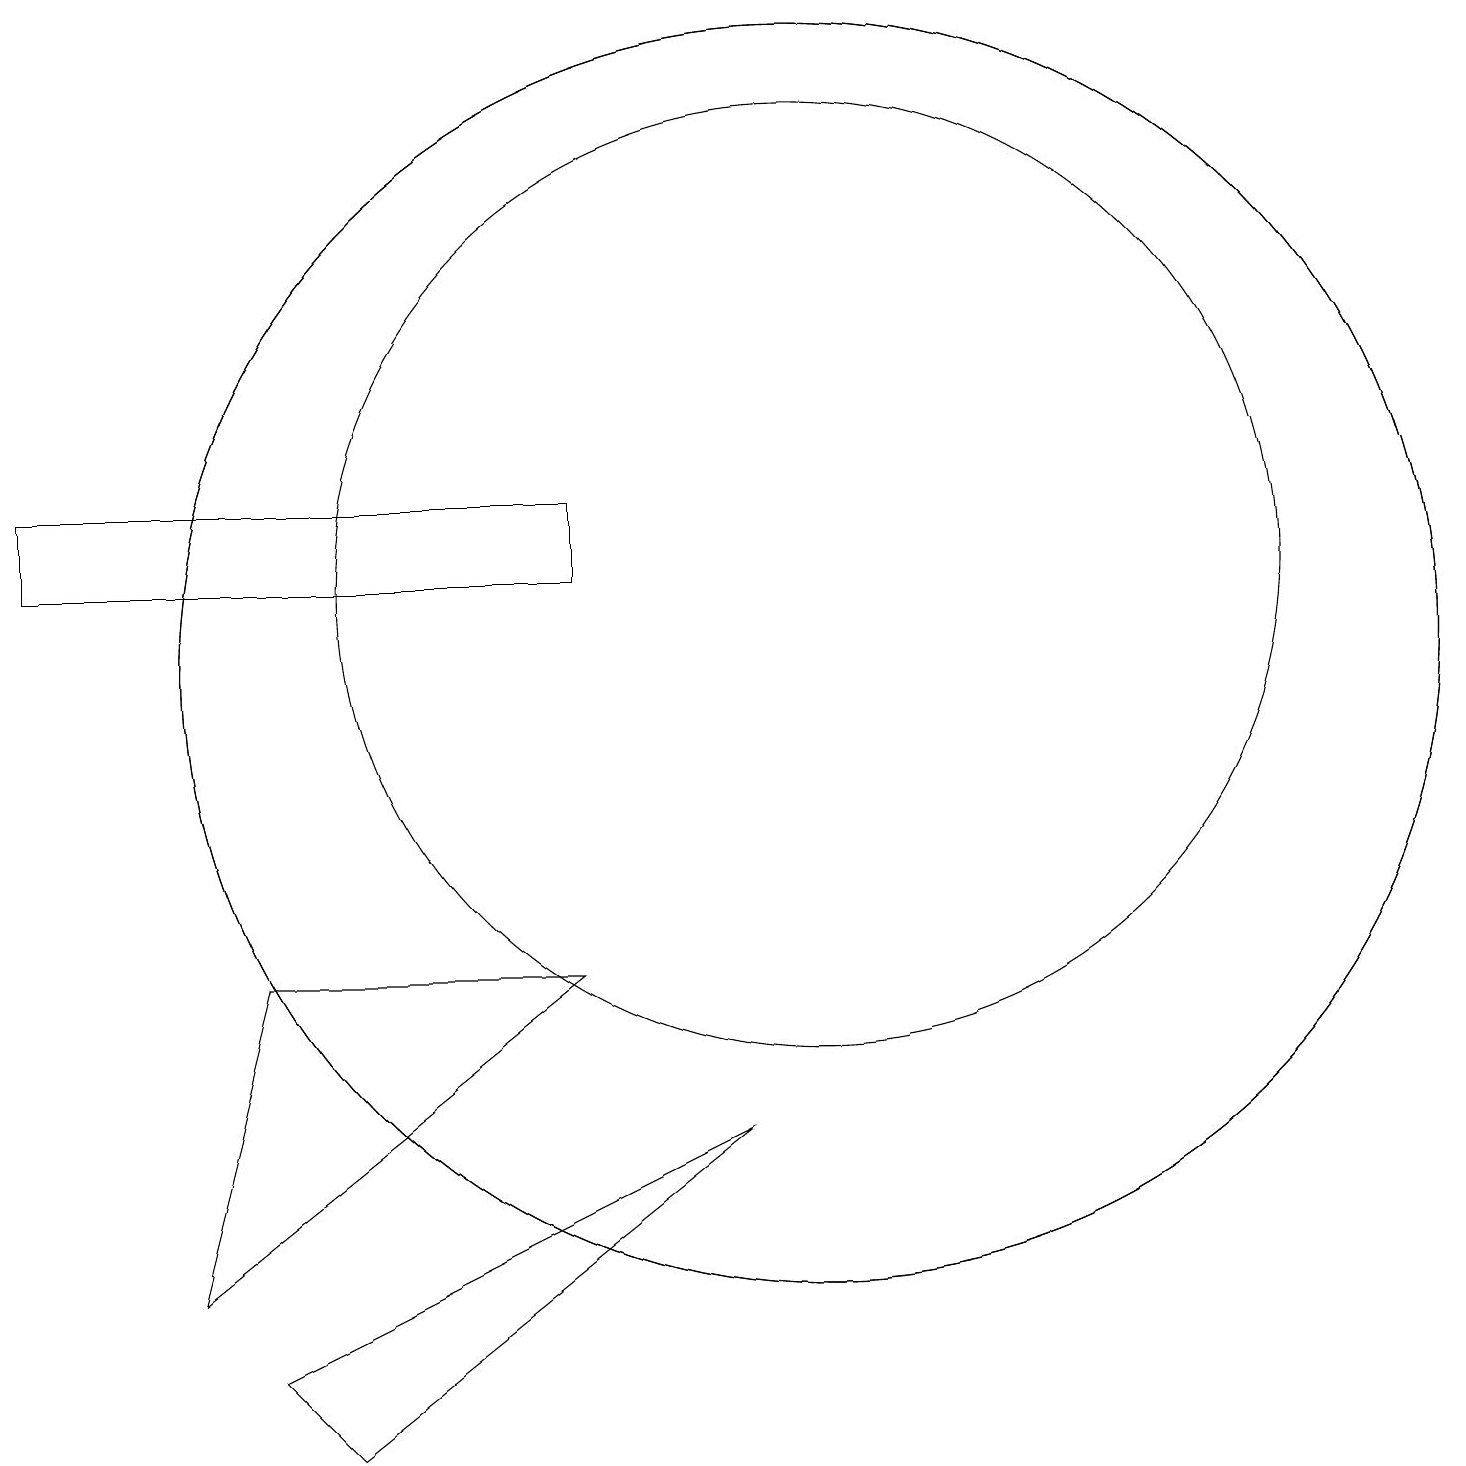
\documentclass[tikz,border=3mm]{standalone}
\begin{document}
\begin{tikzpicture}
\draw (10,11) circle (6);
\draw (0,11) rectangle (7,12);
\draw (10,10) circle (8);
\draw (9,4) -- (4,0) -- (3,1) -- cycle;
\draw (2,2) -- (3,6) -- (7,6) -- cycle;
\draw (10,10) circle (8);
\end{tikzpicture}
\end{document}